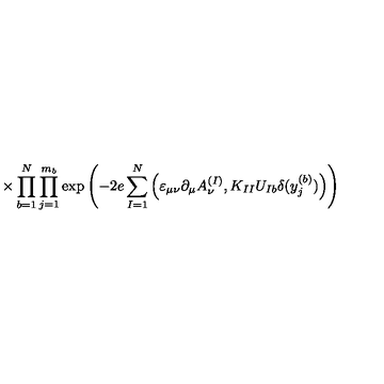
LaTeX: \times \prod _ { b = 1 } ^ { N } \prod _ { j = 1 } ^ { m _ { b } } \exp \left( - 2 e \sum _ { I = 1 } ^ { N } \Big ( \varepsilon _ { \mu \nu } \partial _ { \mu } A _ { \nu } ^ { ( I ) } , K _ { I I } U _ { I b } \delta ( y _ { j } ^ { ( b ) } ) \Big ) \right)